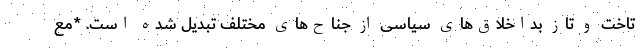
تاخت و تاز بداخلاق‌های سیاسی از جناح‌های مختلف تبدیل شده است. *مع